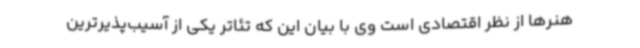
هنرها از نظر اقتصادی است وی با بیان این که تئاتر یکی از آسیب‌پذیرترین